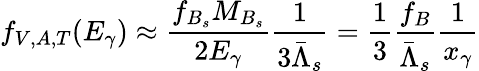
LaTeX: f_{V,A,T}(E_{\gamma})\approx\frac{f_{B_{s}}M_{B_{s}}}{2E_{\gamma}}\frac{1}{3\bar{\Lambda}_{s}}=\frac{1}{3}\frac{f_{B}}{\bar{\Lambda}_{s}}\frac{1}{x_{\gamma}}